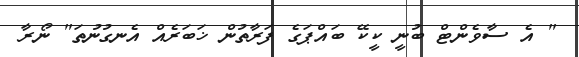
" އެ ސާވެންޓް ބުނީ ކީކޭ ބައްޕަގެ ފަރާތުން ޚަބަރެއް އެނގުނުތަ" ނޯރާ